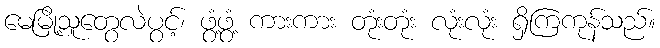
မေမြို့သူတွေလဲပွင့်၊ ဖွံ့ဖွံ့ ကားကား တုံးတုံး လုံးလုံး ရှိကြကုန်သည်။